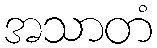
အသာတံ